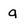
Character: q